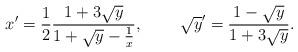
LaTeX: \begin{align*}{\displaystyle x'=\frac {1}{2} \frac {1+3\sqrt{y}}{1+\sqrt{y}-\frac{1}{x}},} \hspace{1cm}{\displaystyle \sqrt{y}'= \frac {1- \sqrt{y}}{1+3\sqrt{y}}.}\end{align*}